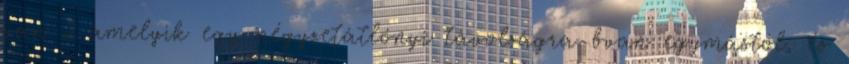
van 2 amelyik egy négyzetátlónyi távolságra bvan egymástól, és